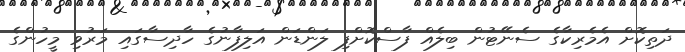
ދަތިކޮށް އެމެރިކާގެ ސެނޭޓުން ބިލެއް ފާސްކޮށްފި ލަންޑަން އަލިފާނުގެ ހާދިސާގައި މަރުވި މީހުންގެ